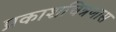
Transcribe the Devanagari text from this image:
प्रकाशचित्रणास